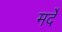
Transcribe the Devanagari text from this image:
मर्दें